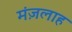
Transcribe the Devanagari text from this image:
मंज़लाह